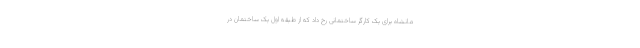
مانشاه برای یک کارگر ساختمانی رخ داد که از طبقه اول یک ساختمان در